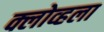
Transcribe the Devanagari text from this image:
क्लोव्हला